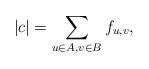
LaTeX: \begin{align*}|c| = \sum_{u\in A, v \in B} f_{u,v},\end{align*}